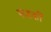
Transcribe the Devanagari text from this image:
फंडकी